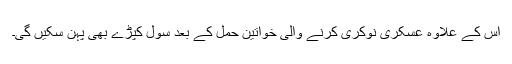
اس کے علاوہ عسکری نوکری کرنے والی خواتین حمل کے بعد سول کپڑے بھی پہن سکیں گی۔